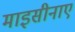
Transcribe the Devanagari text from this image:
माइसीनाए